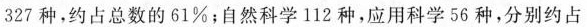
327种，约占总数的61%；自然科学112种，应用科学56种，分别约占